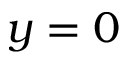
y = 0